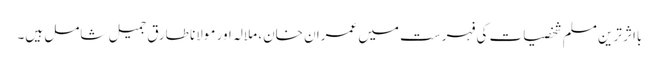
بااثر ترین مسلم شخصیات کی فہرست میں عمران خان، ملالہ اور مولانا طارق جمیل شامل ہیں۔